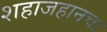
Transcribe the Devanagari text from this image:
शहाजहानचा